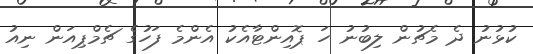
ކުޅުނު ދެ މެޗުން ލިބުނު ހަ ޕޮއިންޓާއެކު އެންމެ ފަހުގެ ޗެމްޕިއަން ނިއު